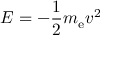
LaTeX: E = - { \frac { 1 } { 2 } } m _ { \mathrm { e } } v ^ { 2 }